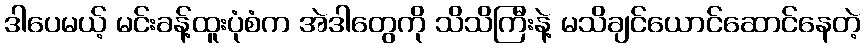
ဒါပေမယ့် မင်းခန့်ထူးပုံစံက အဲဒါတွေကို သိသိကြီးနဲ့ မသိချင်ယောင်ဆောင်နေတဲ့